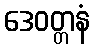
ဒေဝတ္တနံ